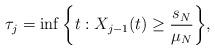
LaTeX: \begin{align*}\tau_j = \inf\bigg\{t: X_{j-1}(t) \geq \frac{s_N}{\mu_N} \bigg\},\end{align*}